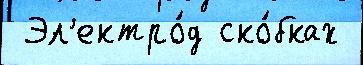
 Эл'ектро́д ско́бках